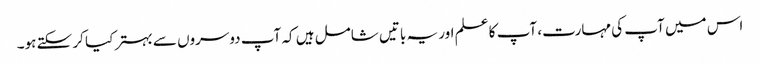
اس میں آپ کی مہارت، آپ کا علم اور یہ باتیں شامل ہیں کہ آپ دوسروں سے بہتر کیا کر سکتے ہو۔